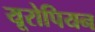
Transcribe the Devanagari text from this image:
यूरोपियन